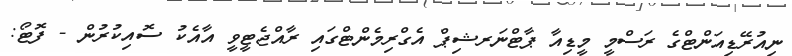
ނިއުރޭޑިއަންޓްގެ ރަސްމީ މީޑިއާ ޕާޓްނަރޝިޕް އެގްރިމެންޓްގައި ރާއްޖެޓީވީ އާއެކު ސޮއިކުރުން - ފޮޓޯ: